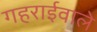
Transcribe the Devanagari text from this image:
गहराईवाले